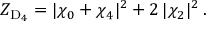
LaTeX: Z _ { \mathrm { D } _ { 4 } } = | \chi _ { 0 } + \chi _ { 4 } | ^ { 2 } + 2 \, | \chi _ { 2 } | ^ { 2 } \, .